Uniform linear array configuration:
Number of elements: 24
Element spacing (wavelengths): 0.25
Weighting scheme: hamming
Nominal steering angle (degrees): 15
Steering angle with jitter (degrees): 14.7
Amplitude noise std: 0.05
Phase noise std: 0.05

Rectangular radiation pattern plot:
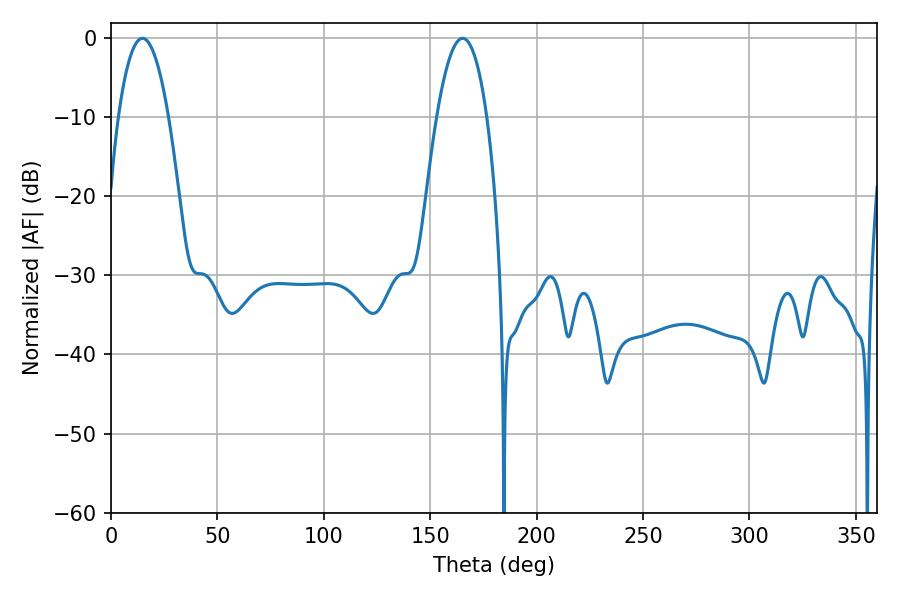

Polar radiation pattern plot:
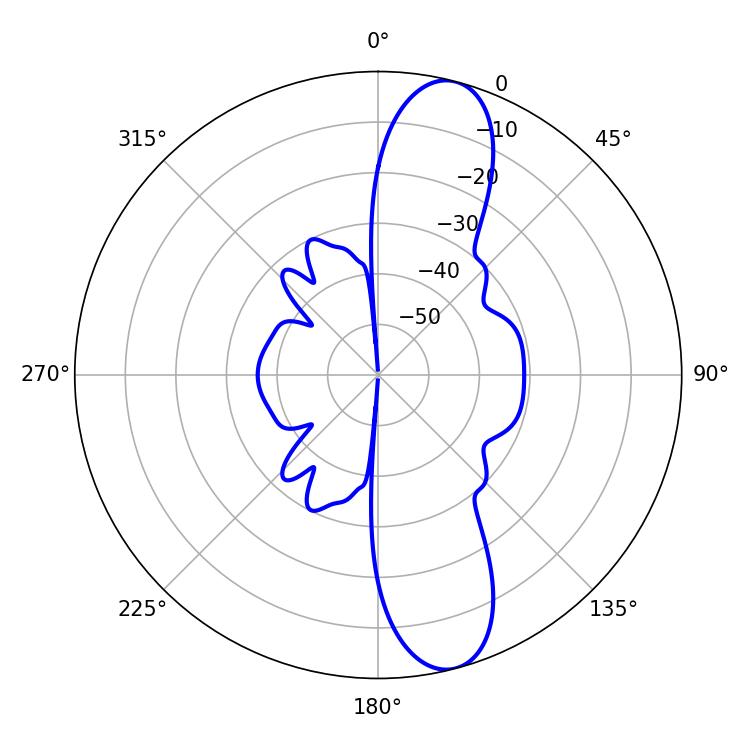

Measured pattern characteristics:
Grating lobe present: FALSE
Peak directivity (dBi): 11.985
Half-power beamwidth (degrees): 12.96
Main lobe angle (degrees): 14.76